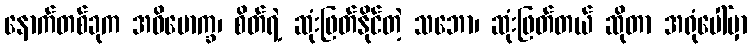
နောက်တစ်ခုက အဓိမောက္ခ၊ စိတ်ရဲ့ ဆုံးဖြတ်နိုင်တဲ့ သဘော၊ ဆုံးဖြတ်တယ် ဆိုတာ အရုံပေါ်မှာ